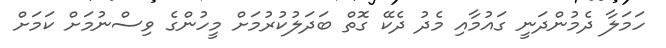
ހަމަލާ ދެމުންދަނީ ގައުމާއި މެދު ދެކޭ ގޮތް ބަދަލުކުރުމަށް މީހުންގެ ވިސްނުމަށް ކަމަށް